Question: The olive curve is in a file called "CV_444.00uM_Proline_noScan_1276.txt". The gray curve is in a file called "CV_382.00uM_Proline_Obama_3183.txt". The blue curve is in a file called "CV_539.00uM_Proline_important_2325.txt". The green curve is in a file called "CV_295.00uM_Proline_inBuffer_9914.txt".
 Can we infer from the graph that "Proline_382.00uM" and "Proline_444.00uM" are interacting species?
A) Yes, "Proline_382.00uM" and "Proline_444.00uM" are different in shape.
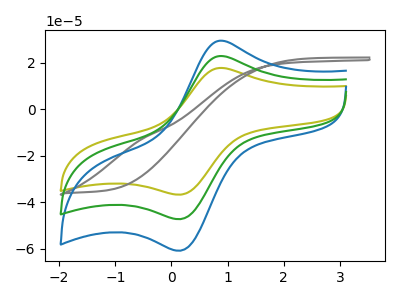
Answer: <think>The olive curve "Proline_444.00uM" has an anodic peak at (0.90V, 17.85uA) and a cathodic peak at (0.15V, -36.70uA). The gray curve "Proline_382.00uM" has no peaks. The blue curve "Proline_539.00uM" has an anodic peak at (0.90V, 45.95uA) and a cathodic peak at (0.15V, -94.55uA). The green curve "Proline_295.00uM" has an anodic peak at (0.90V, 23.00uA) and a cathodic peak at (0.15V, -47.30uA).
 "Proline_382.00uM" and "Proline_444.00uM" have a different number of peaks.</think>
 <answer>A) Yes, "Proline_382.00uM" and "Proline_444.00uM" are different in shape.</answer>
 <eval>A</eval>